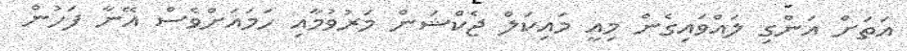
އަތަށް އަންގި ލައްވައިގެން މިއީ މައިކަލް ޖެކްޝަން މަރުވުމާއި ހަމައަށްވެސް އޭނާ ފަހުން